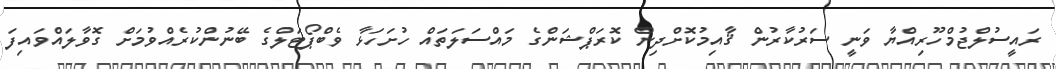
ރައީސުލްޖުމްހޫރިއްޔާ ވަނީ ސަރުކާރުން ޤާއިމުކޮށްދިން ކޮރަޕްޝަންގެ މައްސަލަތައް ހުށަހަޅާ ވެބްޕޯޓަލްގެ ބޭނުންކުރެއްވުމަށް ގޮވާލައްވައިފަ